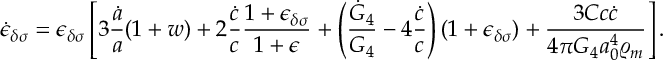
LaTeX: \dot { \epsilon } _ { \delta \sigma } = \epsilon _ { \delta \sigma } \left[ 3 { \frac { \dot { a } } { a } } ( 1 + w ) + 2 { \frac { \dot { c } } { c } } { \frac { 1 + \epsilon _ { \delta \sigma } } { 1 + \epsilon } } + \left( { \frac { \dot { G } _ { 4 } } { G _ { 4 } } } - 4 { \frac { \dot { c } } { c } } \right) ( 1 + \epsilon _ { \delta \sigma } ) + { \frac { 3 C c \dot { c } } { 4 \pi G _ { 4 } a _ { 0 } ^ { 4 } \varrho _ { m } } } \right] .